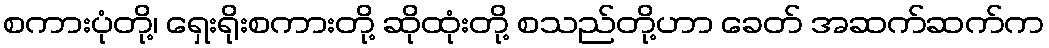
စကားပုံတို့၊ ရှေးရိုးစကားတို့ ဆိုထုံးတို့ စသည်တို့ဟာ ခေတ် အဆက်ဆက်က